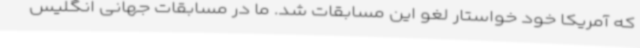
که آمریکا خود خواستار لغو این مسابقات شد. ما در مسابقات جهانی انگلیس